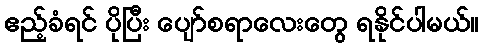
ဧည့်ခံရင် ပိုပြီး ပျော်စရာလေးတွေ ရနိုင်ပါမယ်။